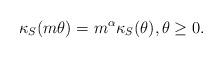
LaTeX: \begin{align*} \kappa_S(m \theta) = m^\alpha \kappa_S(\theta),\theta\ge0.\end{align*}